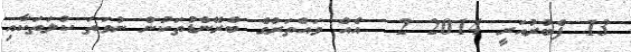
13 ފެބުރުއަރީ 2014 2  އެއް ވައްތަރުގެ ބްރޭންޑުތަކުން ނުވަތަ ކުލަތަކާއި